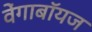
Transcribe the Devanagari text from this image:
वेंगाबॉयज